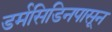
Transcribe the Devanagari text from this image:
डर्मसिडिनपासून